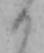
日